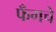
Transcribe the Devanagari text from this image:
फँगचे